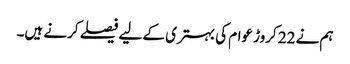
ہم نے 22 کروڑ عوام کی بہتری کے لیے فیصلے کرنے ہیں۔